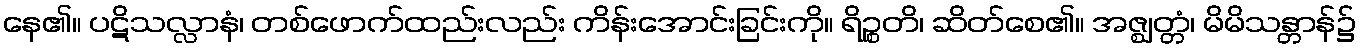
နေ၏။ ပဋိသလ္လာနံ၊ တစ်ဖောက်ထည်းလည်း ကိန်းအောင်းခြင်းကို။ ရိဉ္စတိ၊ ဆိတ်စေ၏။ အဇ္ဈတ္တံ၊ မိမိသန္တာန်၌